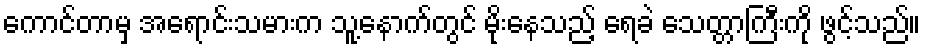
ကောင်တာမှ အရောင်းသမားက သူ့နောက်တွင် မိုးနေသည့် ရေခဲ သေတ္တာကြီးကို ဖွင့်သည်။